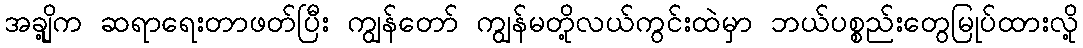
အချို့က ဆရာရေးတာဖတ်ပြီး ကျွန်တော် ကျွန်မတို့လယ်ကွင်းထဲမှာ ဘယ်ပစ္စည်းတွေမြုပ်ထားလို့